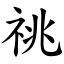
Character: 祧